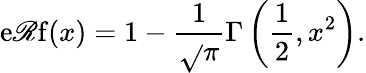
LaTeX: \operatorname{e\mathscr{R}f}(x)=1-{\frac{{1}}{{\sqrt{}{{\pi}}}}}\Gamma\left({\frac{{1}}{{2}}},x^{2}\right).